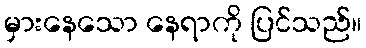
မှားနေသော နေရာကို ပြင်သည်။